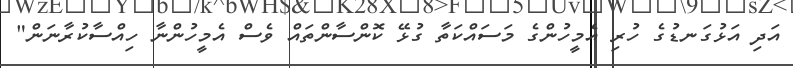
އަދި އަޅުގަނޑުގެ ހުރި އެމީހުންގެ މަސައްކަތާ ގުޅޭ ކޮންސާންތައް ވެސް އެމީހުންނާ ހިއްސާކުރާނަން"